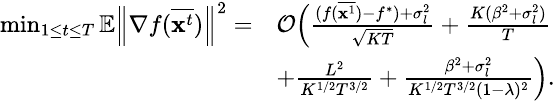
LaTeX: \small\begin{array}{rl}{\operatorname*{min}_{1\le t\le T}\mathbb{E}\left\| \nabla f(\overline{{\mathbf{x}^{t}}})\right\| ^{2}=}&{\mathcal{O}\Big(\frac{(f(\overline{{{\mathbf x}^{1}}})-f^{*})+\sigma_{l}^{2}}{\sqrt{KT}}+\frac{K(\beta^{2}+\sigma_{l}^{2})}{T}}\\ &{+\frac{L^{2}}{K^{1/2}T^{3/2}}+\frac{\beta^{2}+\sigma_{l}^{2}}{K^{1/2}T^{3/2}(1-\lambda)^{2}}\Big).}\end{array}